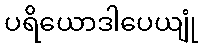
ပရိယောဒါပေယျုံ